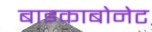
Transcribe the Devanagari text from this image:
बाइकाबोनेट